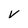
Character: V